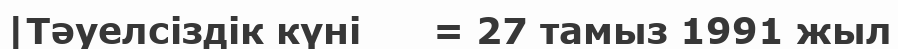
|Тәуелсіздік күні      = 27 тамыз 1991 жыл